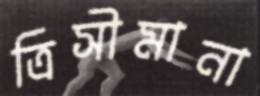
ত্রিসীমানা